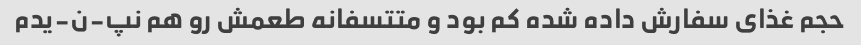
حجم غذای سفارش داده شده کم بود و متتسفانه طعمش رو هم نپ-ن-یدم